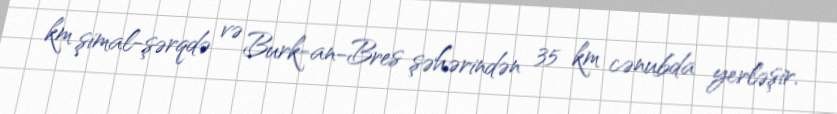
km şimal-şərqdə və Burk-an-Bres şəhərindən 35 km cənubda yerləşir.